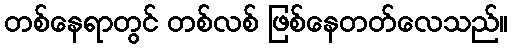
တစ်နေရာတွင် တစ်လစ် ဖြစ်နေတတ်လေသည်။